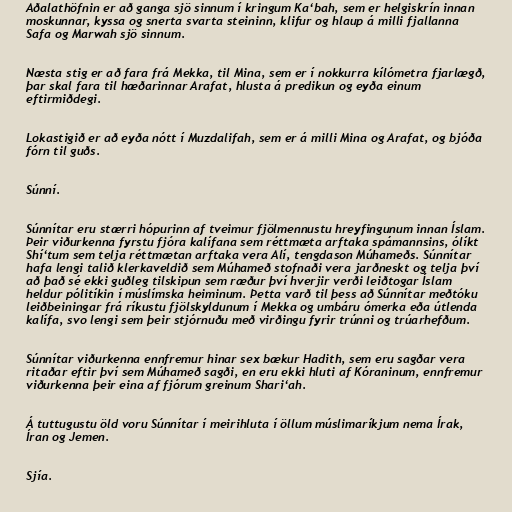
Aðalathöfnin er að ganga sjö sinnum í kringum Ka‘bah, sem er helgiskrín innan
moskunnar, kyssa og snerta svarta steininn, klifur og hlaup á milli fjallanna
Safa og Marwah sjö sinnum.

Næsta stig er að fara frá Mekka, til Mina, sem er í nokkurra kílómetra fjarlægð,
þar skal fara til hæðarinnar Arafat, hlusta á predikun og eyða einum
eftirmiðdegi.

Lokastigið er að eyða nótt í Muzdalifah, sem er á milli Mina og Arafat, og bjóða
fórn til guðs.

Súnní.

Súnnítar eru stærri hópurinn af tveimur fjölmennustu hreyfingunum innan Íslam.
Þeir viðurkenna fyrstu fjóra kalífana sem réttmæta arftaka spámannsins, ólíkt
Shí‘tum sem telja réttmætan arftaka vera Alí, tengdason Múhameðs. Súnnítar
hafa lengi talið klerkaveldið sem Múhameð stofnaði vera jarðneskt og telja því
að það sé ekki guðleg tilskipun sem ræður því hverjir verði leiðtogar Íslam
heldur pólitíkin í múslímska heiminum. Þetta varð til þess að Súnnítar meðtóku
leiðbeiningar frá ríkustu fjölskyldunum í Mekka og umbáru ómerka eða útlenda
kalífa, svo lengi sem þeir stjórnuðu með virðingu fyrir trúnni og trúarhefðum.

Súnnítar viðurkenna ennfremur hinar sex bækur Hadith, sem eru sagðar vera
ritaðar eftir því sem Múhameð sagði, en eru ekki hluti af Kóraninum, ennfremur
viðurkenna þeir eina af fjórum greinum Shari‘ah.

Á tuttugustu öld voru Súnnítar í meirihluta í öllum múslimaríkjum nema Írak,
Íran og Jemen.

Sjía.